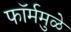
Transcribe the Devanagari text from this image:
फॉर्ममुळे